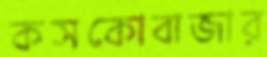
কসকোবাজার